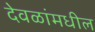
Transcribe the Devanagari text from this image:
देवळांमधील